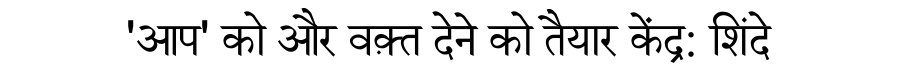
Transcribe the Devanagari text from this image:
'आप' को और वक़्त देने को तैयार केंद्र: शिंदे